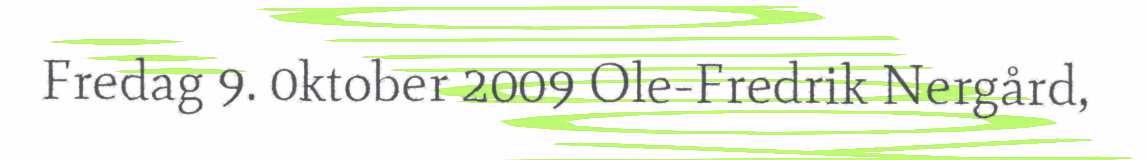
Fredag 9. 0ktober 2009 Ole-Fredrik Nergård,